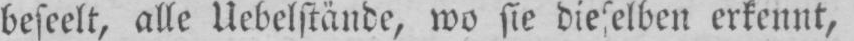
beseelt, alle Uebelstände, wo sie dieselben erkennt,